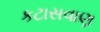
કટાસવાણ